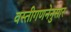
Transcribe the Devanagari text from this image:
वस्तीगणनेनुसार